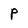
Character: P